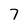
Character: 7